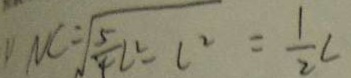
1 ) N C = \sqrt { \frac { 5 } { 4 } L ^ { 2 } - L ^ { 2 } } = \frac { 1 } { 2 } L